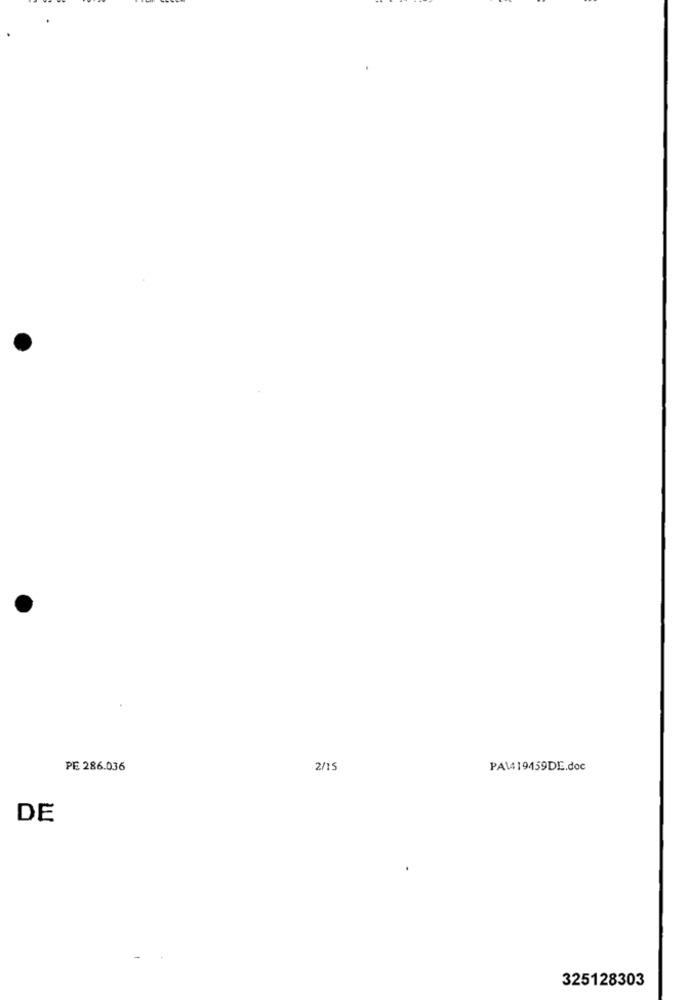
PE 286.036
2/15
PA\419459DE.doc
DE
325128303